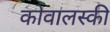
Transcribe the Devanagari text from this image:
कोवालस्की